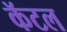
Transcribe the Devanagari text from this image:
कॅटल